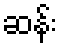
ဆန်း